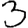
Digit: 3